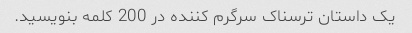
یک داستان ترسناک سرگرم کننده در 200 کلمه بنویسید.